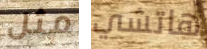
مثل هاتشي